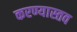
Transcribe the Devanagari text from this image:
करण्यास्तव